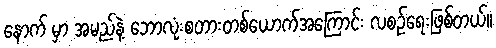
နောက် မှာ အမည်နဲ့ ဘောလုံးစတားတစ်ယောက်အကြောင်း လစဉ်ရေးဖြစ်တယ်။